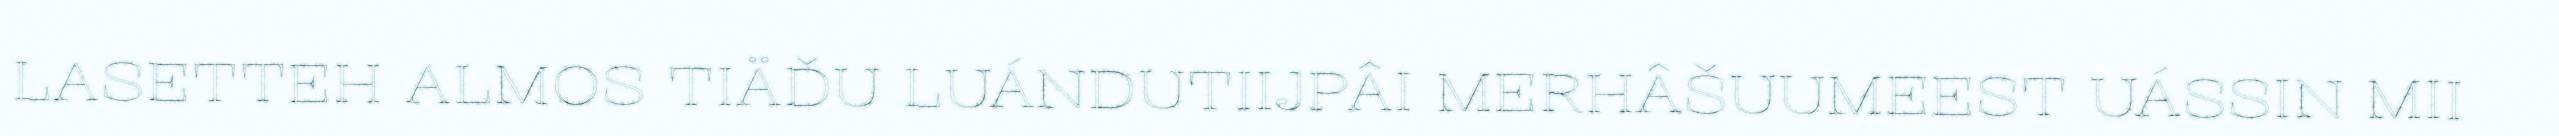
LASETTEH ALMOS TIÄĐU LUÁNDUTIIJPÂI MERHÂŠUUMEEST UÁSSIN MII